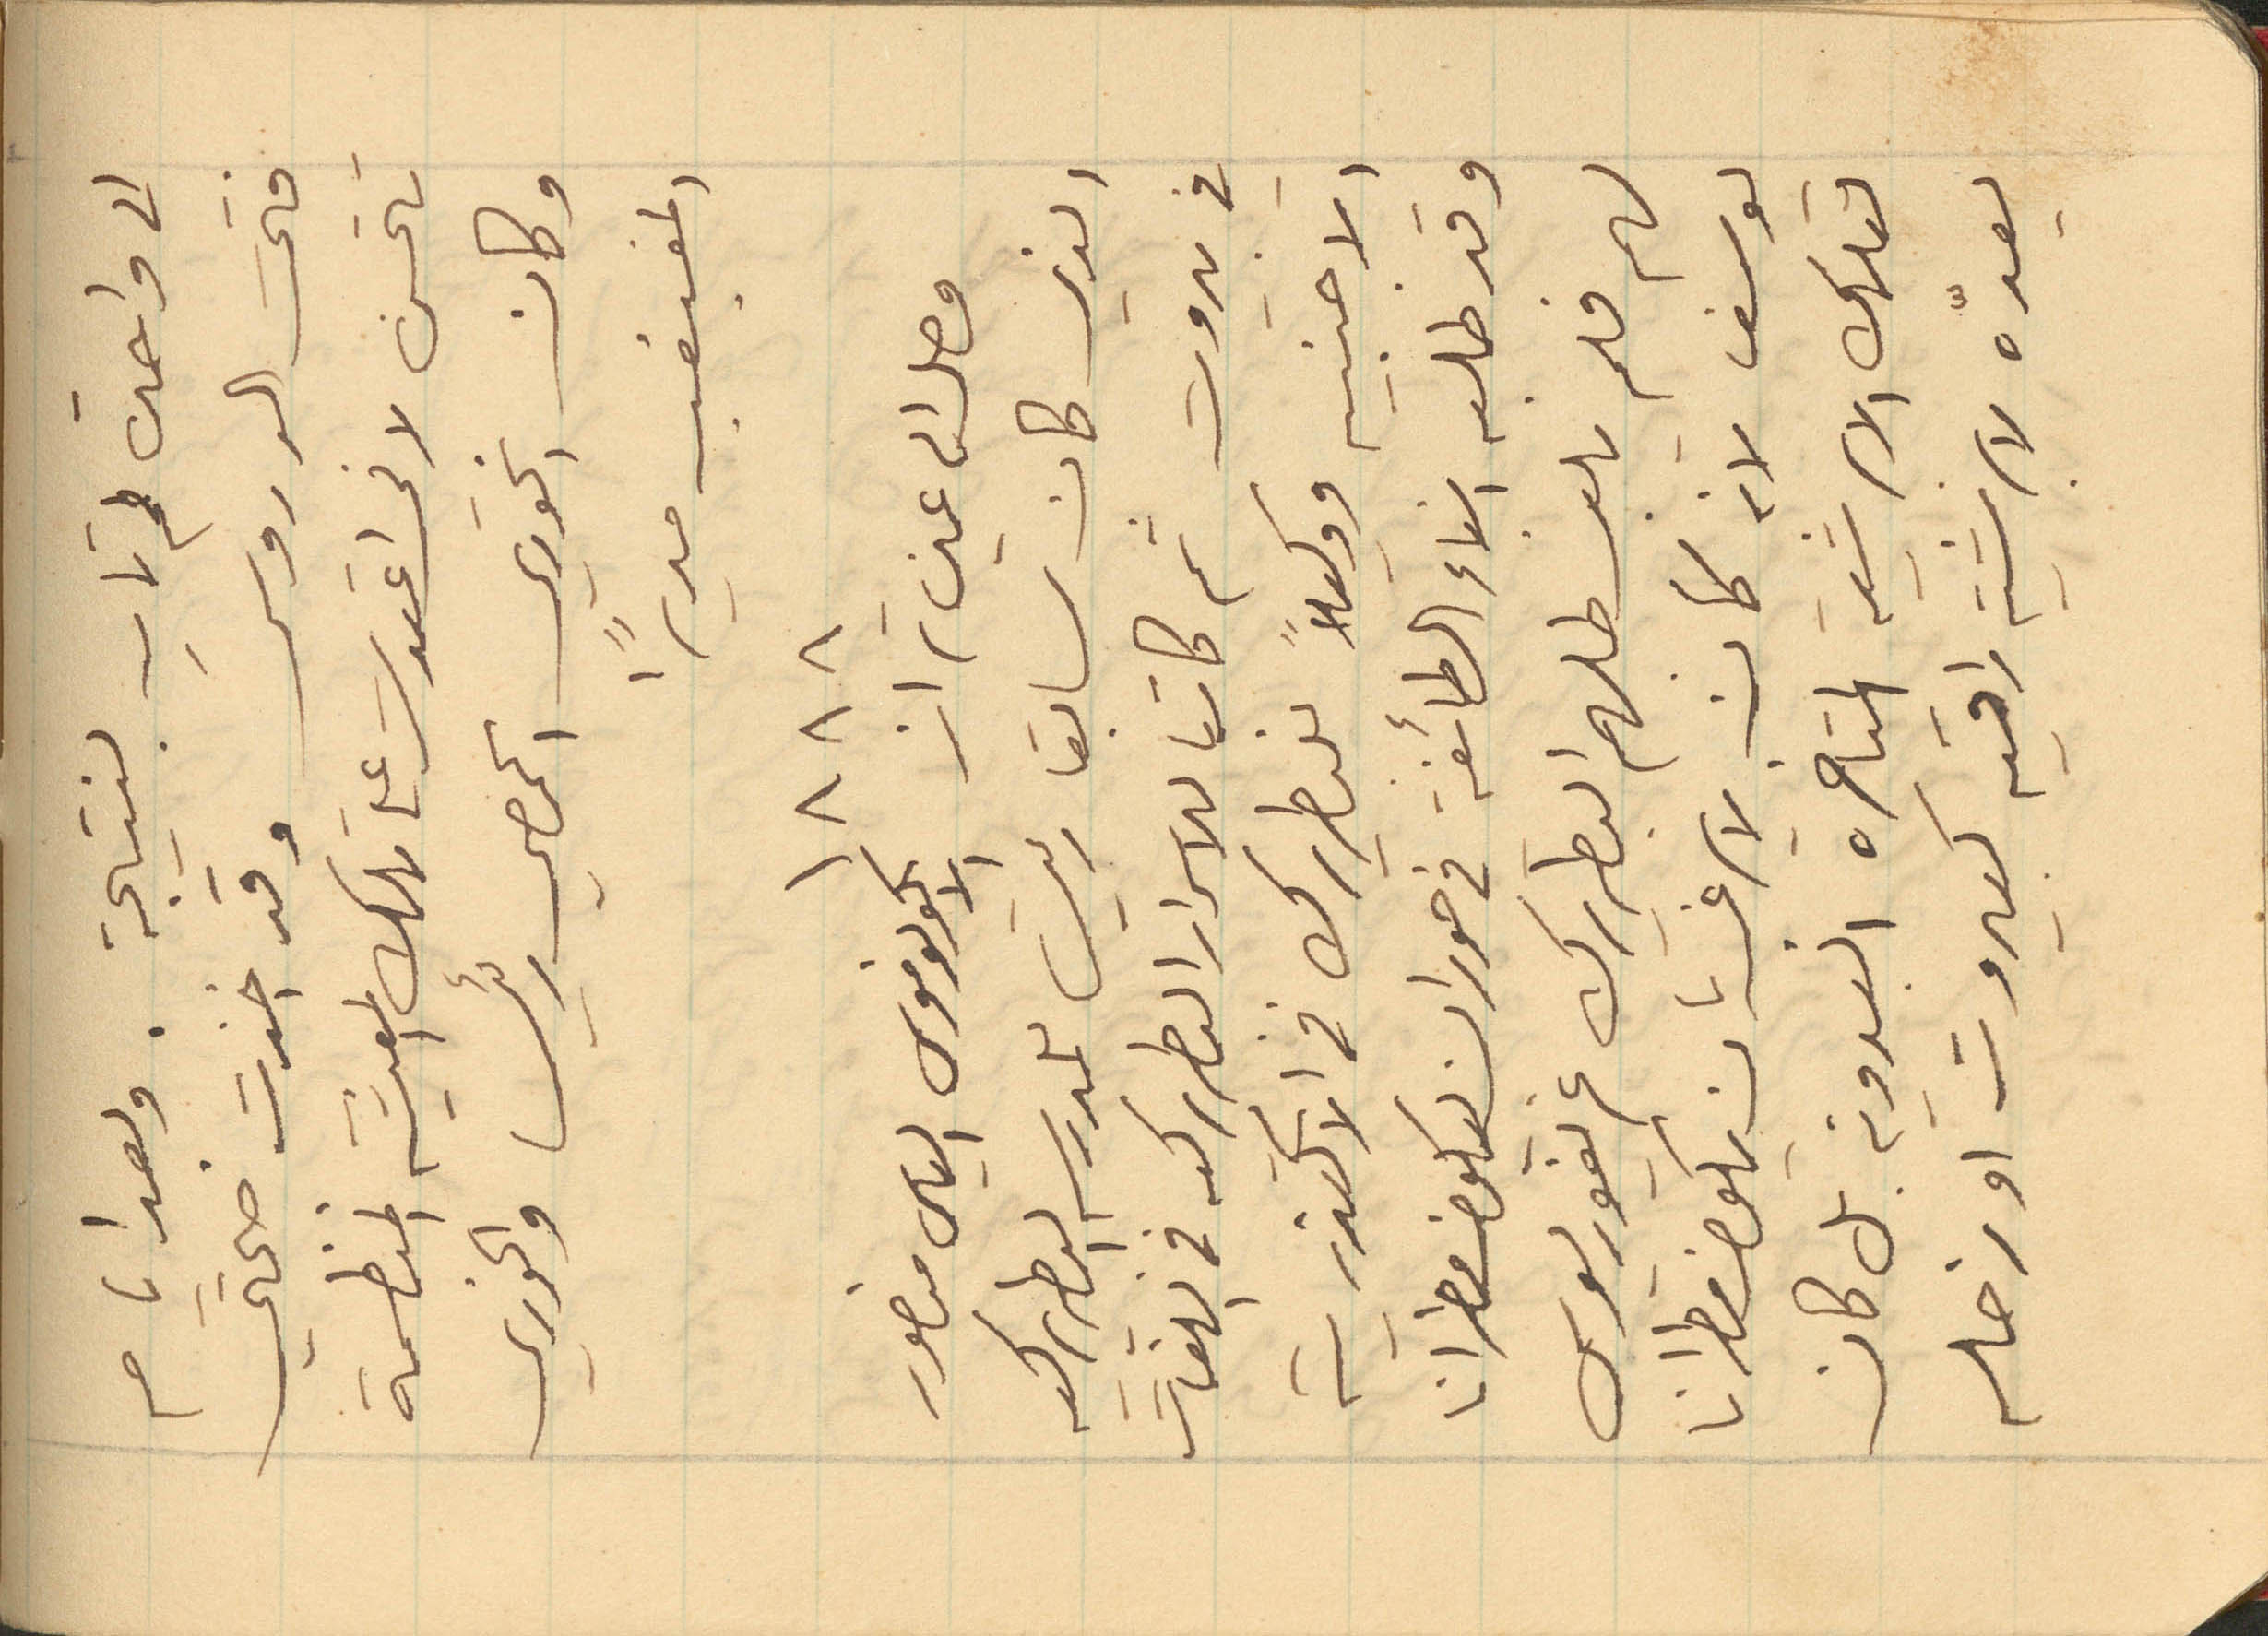
الى واحدة لم تات بنتيجة. وبعد ايام
فتحت الدروس وقد اخذت صحتي
تتحسن لاني اعتدت على تلك المعيشة المنظمة
وكان الخوري الحمصي رئيسا والخوري
المغبغب مديراً
١٨٨٨
وصل الى عين تراز الايكونوموس الياس منصور
في بيروت ثم كاتبا للاسرار البطريركيه في اللغات
الاجنبيه ووكيلاً للبطريرك في الاسكندرية
وقد طلبه ابناء الطائفة في حوران ليكون مطرانا
لهم فلم يلبي طلبهم البطريرك غريغوريوس
يوسف لانه كان لا يرغب بان يكون مطرانا
لتلك الابرشية المتاخرة البدوية بل كان
يعدّه لابرشية راقيه كبيروت او زحله
الذي كان سابقا ريس للمدرسه البطريركيه